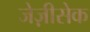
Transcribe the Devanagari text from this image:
जेज़ीसेक